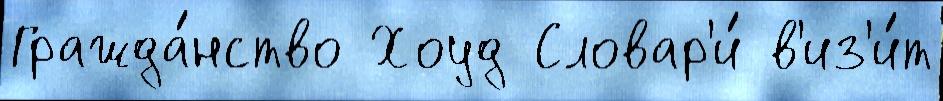
Гражда́нство Хоуд Словар'и́ в'из'и́т